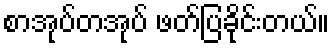
စာအုပ်တအုပ် ဖတ်ပြခိုင်းတယ်။